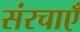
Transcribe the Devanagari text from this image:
संरचाएँ